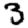
Digit: 3